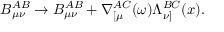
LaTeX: B _ { \mu \nu } ^ { A B } \rightarrow B _ { \mu \nu } ^ { A B } + \nabla _ { [ \mu } ^ { A C } ( \omega ) \Lambda _ { \nu ] } ^ { B C } ( x ) .